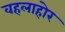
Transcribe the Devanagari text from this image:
वहलाहोर